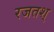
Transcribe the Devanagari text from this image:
रजतश्